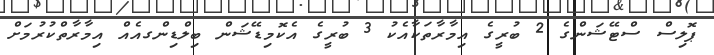
ޕޮލިސް ސްޓޭޝަންގެ 2 ބުރީގެ އިމާރާތަކާއެކު 3 ބުރީގެ އެކޮމިޑޭޝަން ބިލްޑިންގއެއް އިމާރާތްކުރުމަށް